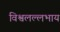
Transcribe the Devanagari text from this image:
विश्वलल्लभाय